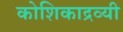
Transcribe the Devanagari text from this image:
कोशिकाद्रव्यी